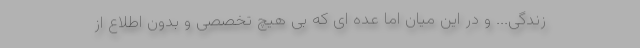
زندگی... و در این میان اما عده ای که بی هیچ تخصصی و بدون اطلاع از